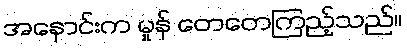
အနှောင်းက မှုန် တေတေကြည့်သည်။